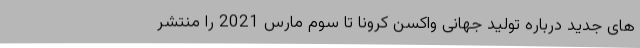
های جدید درباره تولید جهانی واکسن کرونا تا سوم مارس 2021 را منتشر